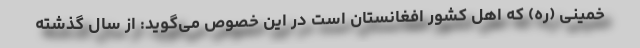
خمینی (ره) که اهل کشور افغانستان است در این خصوص می‌گوید: از سال گذشته